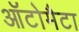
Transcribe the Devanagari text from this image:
ऑटोमैटा